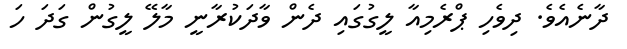
ދާނެއެވެ. ދިވެހި ޕްރެމިއާ ލީގުގައި ދެން ވާދަކުރާނީ މާލޭ ލީގުން ގަދަ ހަ